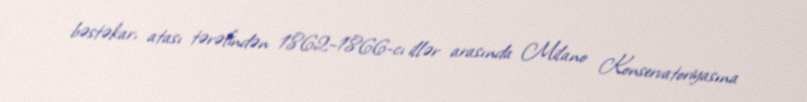
bəstəkar, atası tərəfindən 1862–1866-cı illər arasında Milano Konservatoriyasına